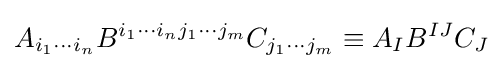
A_{i_{1}\cdots i_{n}}B^{i_{1}\cdots i_{n}j_{1}\cdots j_{m}}C_{j_{1}\cdots j_{m}}\equiv A_{I}B^{IJ}C_{J}